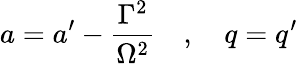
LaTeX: a=a^{\prime}-\frac{\Gamma^{2}}{\Omega^{2}}\quad,\quad q=q^{\prime}